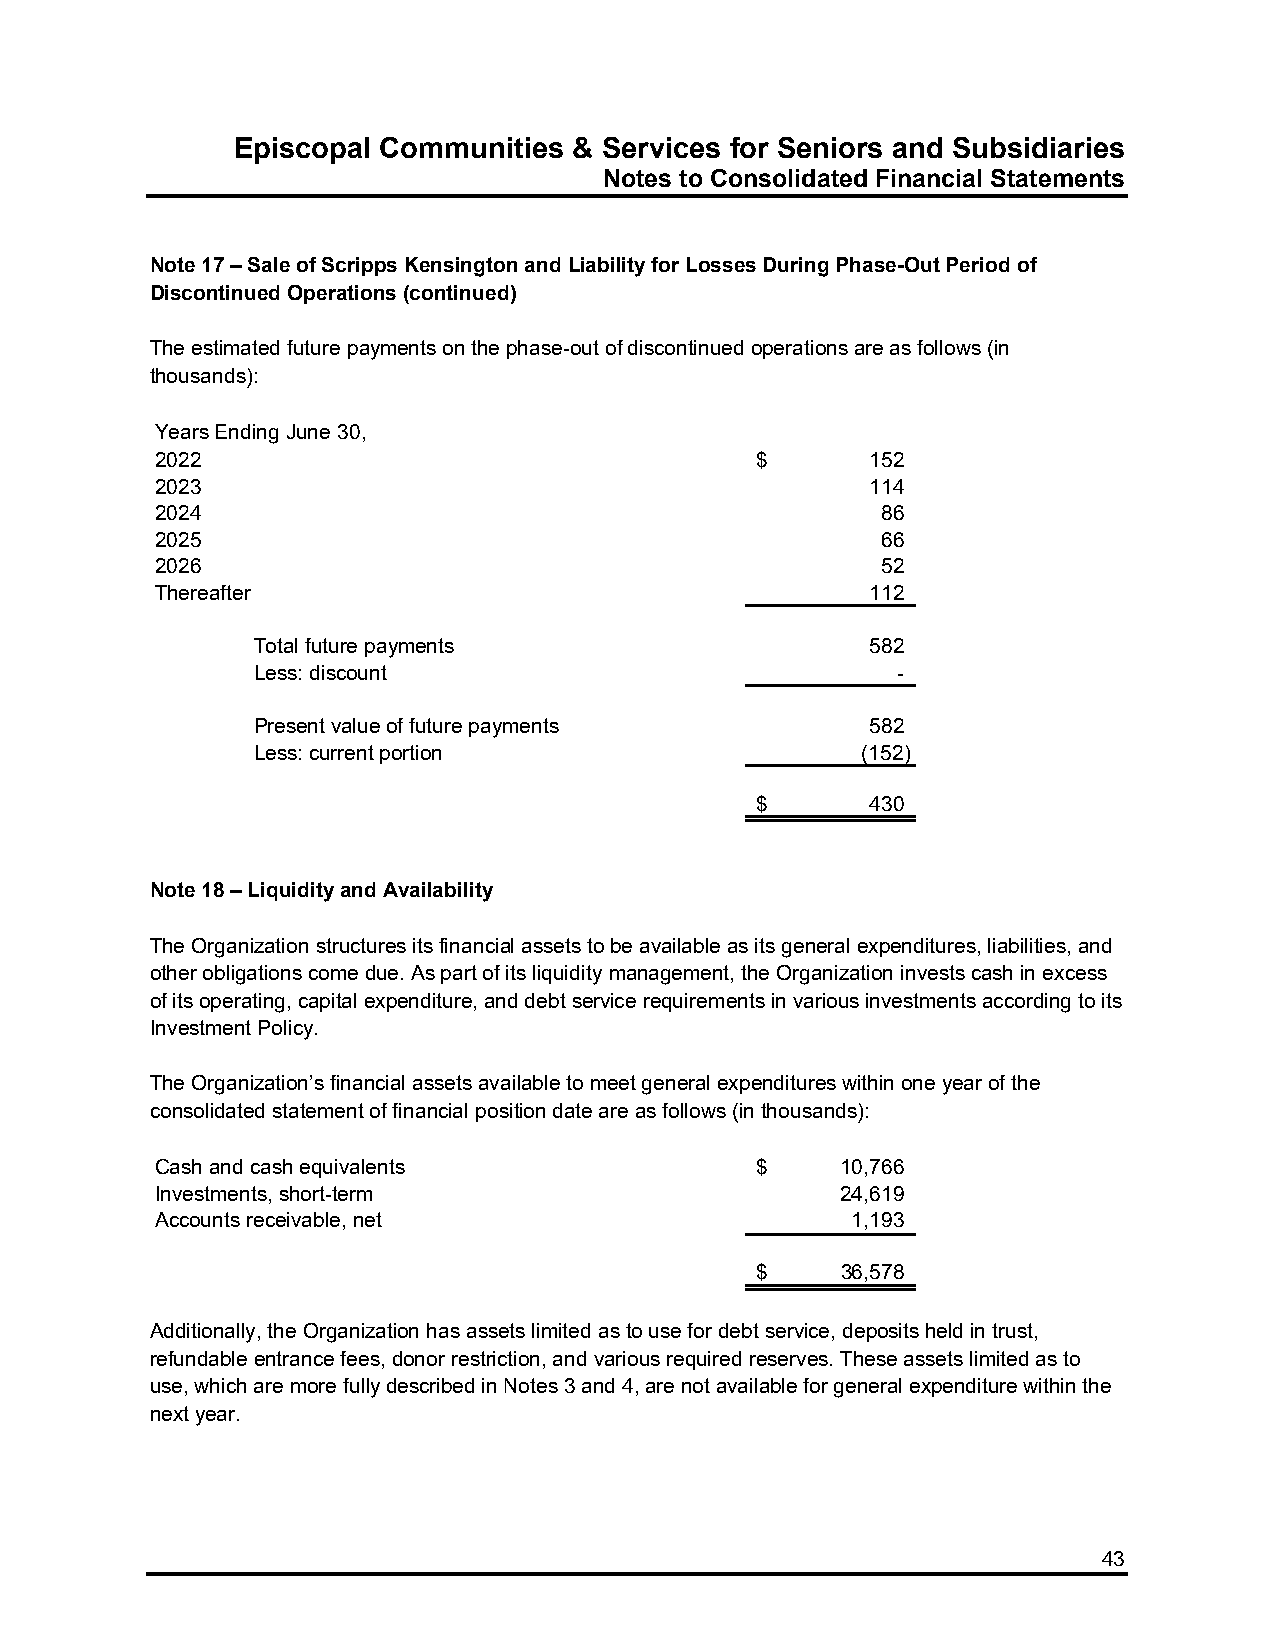
Episcopal Communities  & Services for Seniors and Subsidiaries
 Notes to Consolidated Financial Statements
 Note 17 – Sale of Scripps Kensington and Liability for Losses During Phase-Out Period of
 Discontinued Operations (continued)
 The estimated future payments on the phase-out of discontinued operations are as follows (in
 thousands):
 Years Ending June 30,
 2022                                    $       152
 2023                                            114
 2024                                            86
 2025                                            66
 2026                                            52
 Thereafter                                      112
 Total future payments                    582
 Less: discount                            -
 Present value of future payments         582
 Less: current portion                   (152)
 $       430
 Note 18 – Liquidity and Availability
 The Organization structures its financial assets to be available as its general expenditures, liabilities, and
 other obligations come due. As part of its liquidity management, the Organization invests cash in excess
 of its operating, capital expenditure, and debt service requirements in various investments according to its
 Investment Policy.
 The Organization’s financial assets available to meet general expenditures within one year of the
 consolidated statement of financial position date are as follows (in thousands):
 Cash and cash equivalents               $     10,766
 Investments, short-term                       24,619
 Accounts receivable, net                      1,193
 $     36,578
 Additionally, the Organization has assets limited as to use for debt service, deposits held in trust,
 refundable entrance fees, donor restriction, and various required reserves. These assets limited as to
 use, which are more fully described in Notes 3 and 4, are not available for general expenditure within the
 next year.
 43